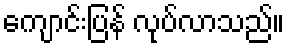
ကျောင်းပြန် လုပ်လာသည်။